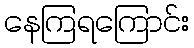
နေကြရကြောင်း